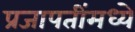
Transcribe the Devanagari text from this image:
प्रजापतींमध्ये